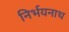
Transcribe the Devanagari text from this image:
निर्भयनाथ